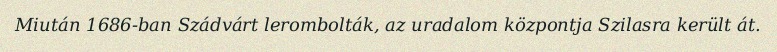
Miután 1686-ban Szádvárt lerombolták, az uradalom központja Szilasra került át.